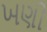
ખણી